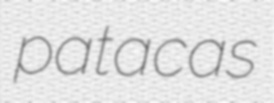
patacas